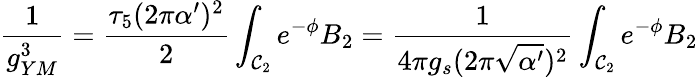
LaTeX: \frac{1}{g_{YM}^{3}}=\frac{\tau_{5}(2\pi\alpha^{\prime})^{2}}{2}\int_{{\cal{C}}_{2}}{e}^{-\phi}B_{2}=\frac{1}{4\pi g_{s}(2\pi\sqrt{\alpha^{\prime}})^{2}}\int_{{\cal{C}}_{2}}{e}^{-\phi}B_{2}